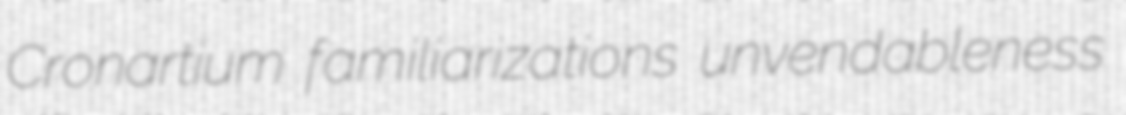
Cronartium familiarizations unvendableness